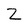
Character: Z